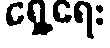
ရှေ့ရေး